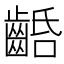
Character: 𪘢